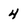
Character: 4